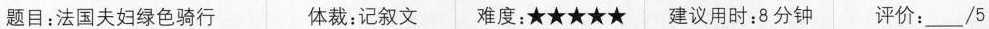
题目:法国夫妇绿色骑行 体裁:记叙文 难度:★★★★★ 建议用时:8分钟 评价:___/5